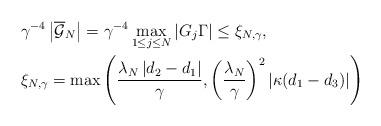
LaTeX: \begin{align*}&\gamma^{-4}\left|\overline{\mathcal{G}}_N\right|=\gamma^{-4} \max_{1\leq j \leq N}\left|G_j\Gamma \right|\leq \xi_{N,\gamma}, \\&\xi_{N,\gamma} = \max \left(\frac{\lambda_N\left| d_2-d_1\right|}{\gamma},\left(\frac{\lambda_N}{\gamma} \right)^2 \vert \kappa( d_1-d_3)\vert \right )\end{align*}